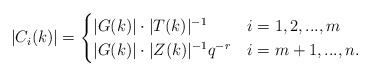
\begin{align*}|C_i(k)| = \begin{cases} |G(k)|\cdot |T(k)|^{-1} & i={1,2,...,m} \\|G(k)|\cdot |Z(k)|^{-1} q^{-r} & i={m+1,...,n}.\end{cases} \end{align*}